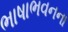
ભાષાભવનના